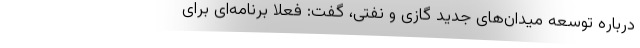
درباره توسعه میدان‌های جدید گازی و نفتی، گفت: فعلاً برنامه‌ای برای